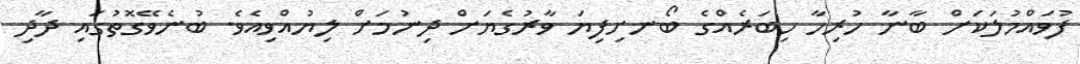
ފުވައްމުލަކަށް ބާނާ ހުރިހާ ހިބަރެއްގެ ބޯނށިފިޔަ ވާރުގެޔަށް ދިނުމަށް ލިޔުއްވިއެވެ. ބުނެވޭގޮތުގައި ދާދި